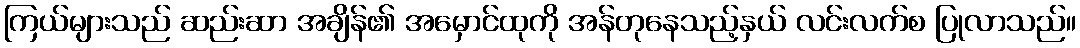
ကြယ်များသည် ဆည်းဆာ အချိန်၏ အမှောင်ထုကို အန်တုနေသည့်နှယ် လင်းလက်စ ပြုလာသည်။